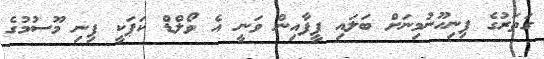
ގަތަރުގެ ފިނިހޫނުމިނަށް ބަލައި ފީފާއިން ވަނީ އެ ވޯލްޑް ކަޕަކީ ފިނި މޫސުމުގެ